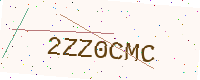
Text: 2ZZ0CMC